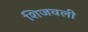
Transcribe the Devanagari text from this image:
शिजवली